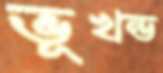
ভূখন্ড